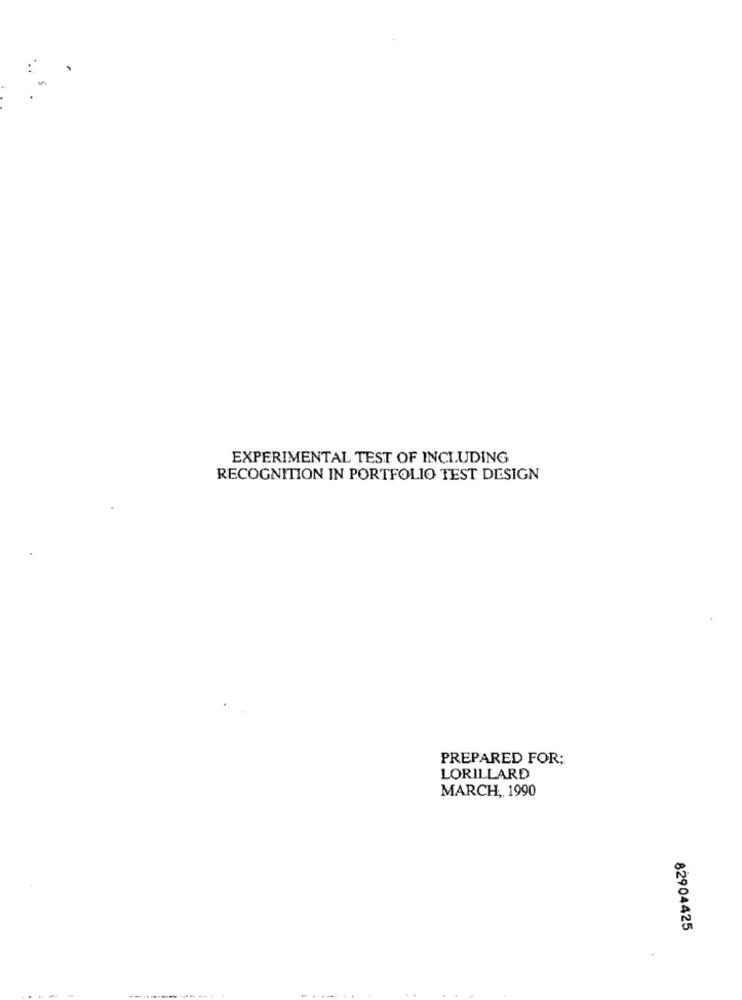
EXPERIMENTAL TEST OF INCLUDING
RECOGNITION IN PORTFOLIO TEST DESIGN
PREPARED FOR;
LORILLARD
MARCH ,, 1990
82904425